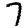
Digit: 7